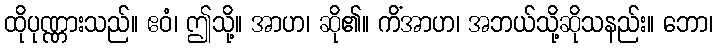
ထိုပုဏ္ဏားသည်။ ဧဝံ၊ ဤသို့။ အာဟ၊ ဆို၏။ ကိံအာဟ၊ အဘယ်သို့ဆိုသနည်း။ ဘော၊